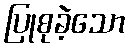
ပြုစုခဲ့သော